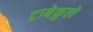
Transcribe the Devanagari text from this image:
ट्राबेकुले